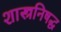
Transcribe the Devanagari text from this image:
शास्त्रनिषद्ध